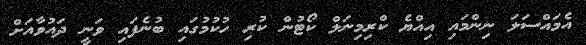
އެމައްސަލަ ނިންމައި އިއްޔެ ކްރިމިނަލް ކޯޓުން ކުރި ހުކުމުގައި ބުނެފައި ވަނީ ދައުވާއަށް